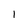
Character: 1